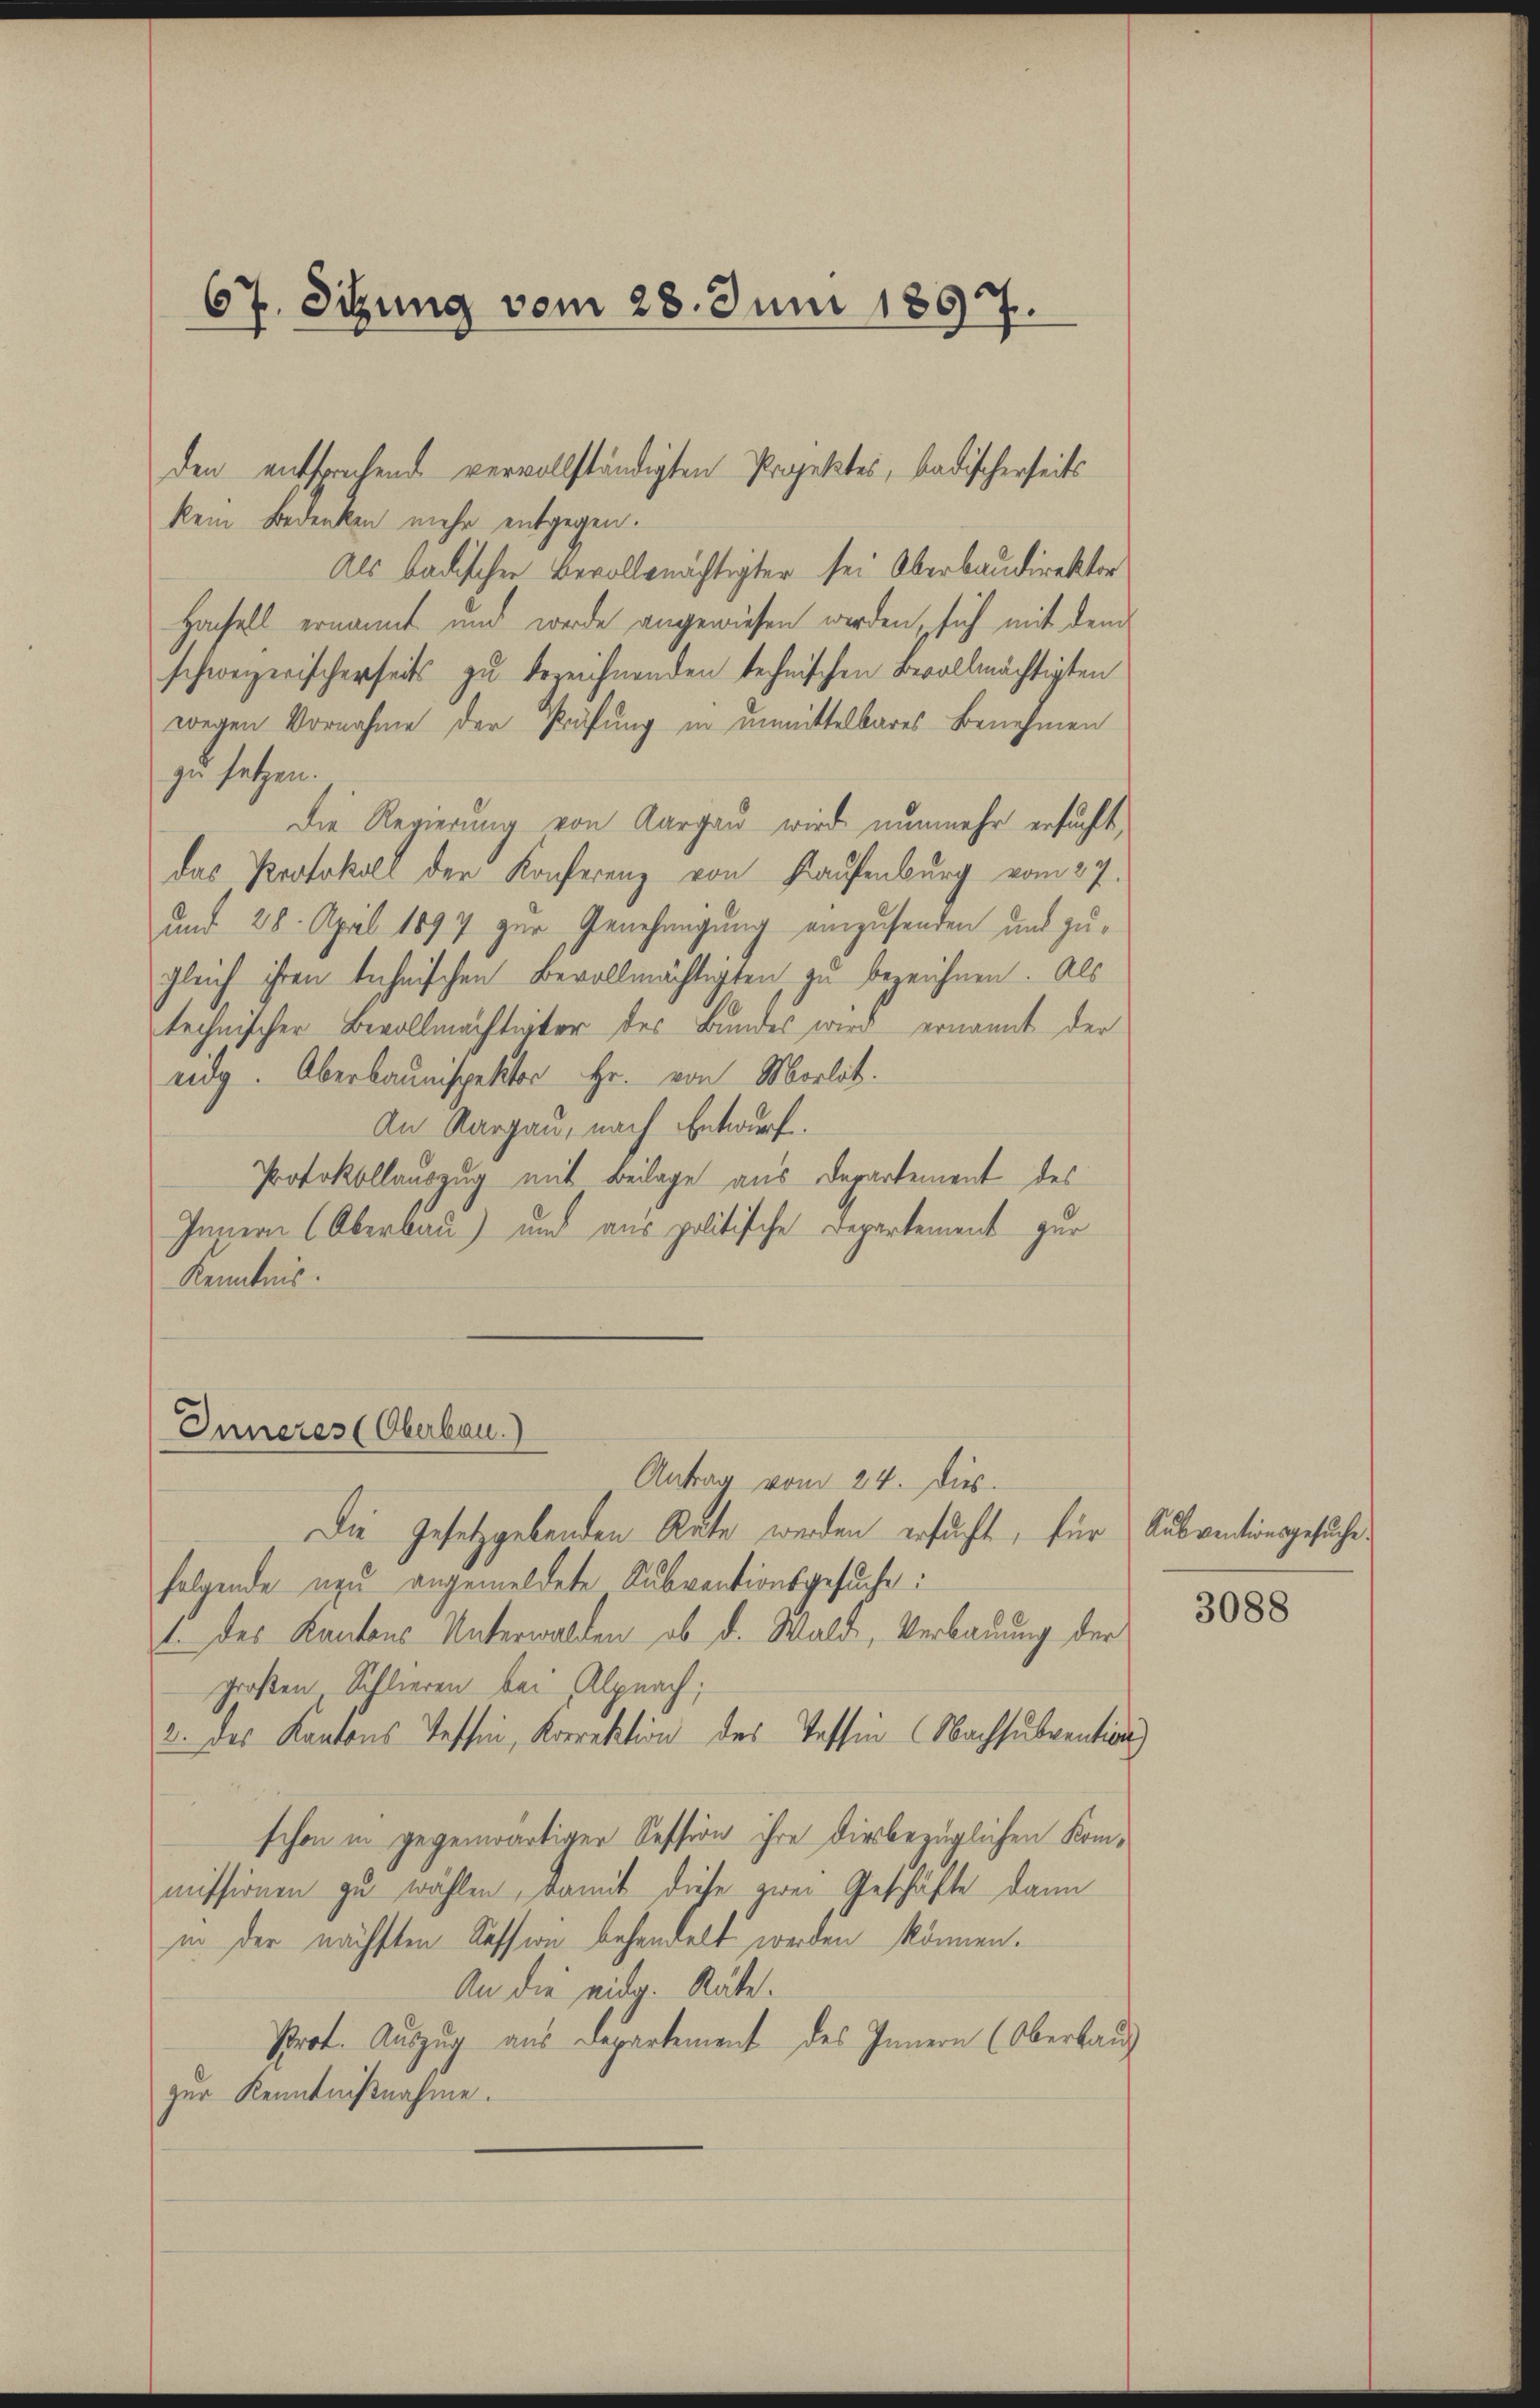
67. Sitzung vom 28. Juni 1867.

kein Bedenken mehr entgegen.
Als badischen Bevollmächtigter sei Oberbaudirektor
Hachell ernannt und werde angewiesen werden, sich mit dem
schweizerischerseits zu bezeichnenden technischen Bevollmächtigten
wegen Vornahme der Prüfung in unmittelbares Benehmen
zu setzen.
Die Regierung von Aargau wird nunmehr ersucht,
das Protokoll der Konferenz von Kaufenburg vom 27.
und 28. April 1897 zur Genehmigung einzusenden und zugleich ihren technischen Bevollmächtigten zu bezeichnen. Als
technischer Bevollmächtigter des Bundes wird ernannt der
eidg. Überbaunispektor Hr. von Morlot.
An Aargau, nach Entwurf.
Protokollauszug mit Beilage aus Departement des
Innern (Oberbau) und aus politische Departement zur
Kenntnis.
Inneres (Oberbau.)
Antrag vom 24. Dies
Die Gesetzgebenden Rate werden ersucht, für Subventionsgesuche
folgende neu angemeldete Subventionsgesuche:
1. des Kantons Unterwalden, ob d. Wald, Verbauung der
großen Schlieren bei Alpnach;
3. des Kantons Tessin, Korrektion des Tessin Nachsubvention
schon in gegenwärtiger Session ihre diesbezüglichen Kommissionen zu wählen, damit diese zwei Geschäfte dann
in der nächsten Kession behandelt werden können.
An die eidg. Räte.
Prot. Auszug aus Departement des Innern (Oberkauf
zur Kenntnißnahme.

den entsprechend vervollständigten Projektes, badischerseits

3088